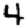
Digit: 4